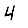
Digit: 4